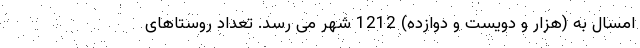
امسال به (هزار و دویست و دوازده) 1212 شهر می رسد. تعداد روستاهای